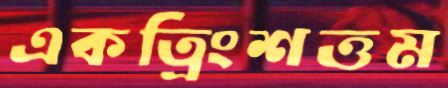
একত্রিংশত্তম